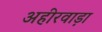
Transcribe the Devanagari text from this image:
अहीरवाड़ा